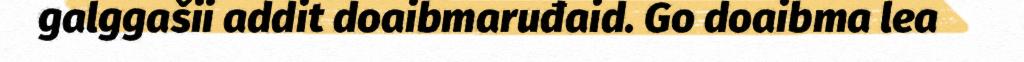
galggašii addit doaibmaruđaid. Go doaibma lea